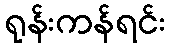
ရုန်းကန်ရင်း